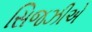
સિજઝીએ